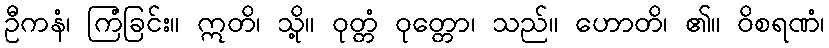
ဦကနံ၊ ကြံခြင်း။ ဣတိ၊ သို့။ ဝုတ္တံ ဝုတ္တော၊ သည်။ ဟောတိ၊ ၏။ ဝိစရဏံ၊